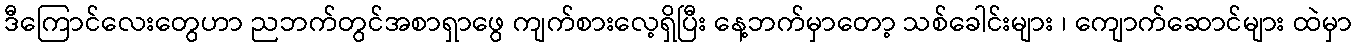
ဒီကြောင်လေးတွေဟာ ညဘက်တွင်အစာရှာဖွေ ကျက်စားလေ့ရှိပြီး နေ့ဘက်မှာတော့ သစ်ခေါင်းများ ၊ ကျောက်ဆောင်များ ထဲမှာ